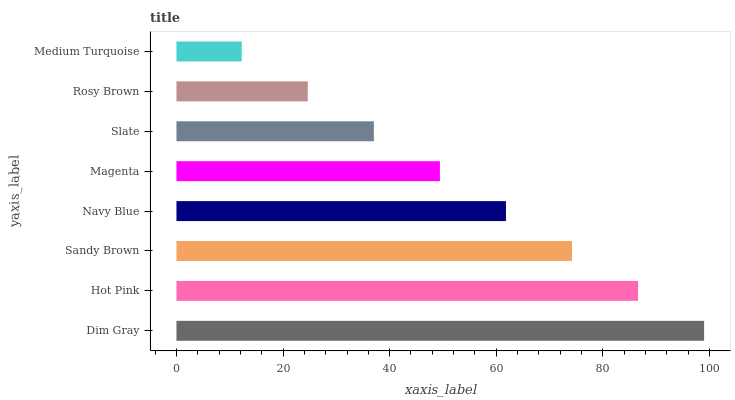
| yaxis_label | bars |
 | --- | --- |
 | Dim Gray | 99 |
 | Hot Pink | 86.6 |
 | Sandy Brown | 74.2 |
 | Navy Blue | 61.8 |
 | Magenta | 49.4 |
 | Slate | 37 |
 | Rosy Brown | 24.6 |
 | Medium Turquoise | 12.3 |